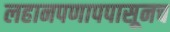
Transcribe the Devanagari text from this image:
लहानपणापपासूनच